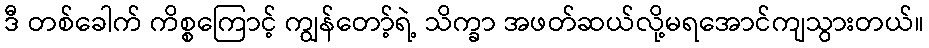
ဒီ တစ်ခေါက် ကိစ္စကြောင့် ကျွန်တော့်ရဲ့ သိက္ခာ အဖတ်ဆယ်လို့မရအောင်ကျသွားတယ်။